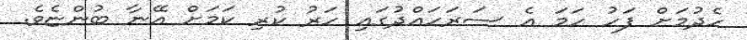
ހެދުމަށް ފަހު ހަމަ އެ ސަރަހައްދުގައި ހަރު ކުރި ކަމަށް އޭނާ ބުންޏެވެ.